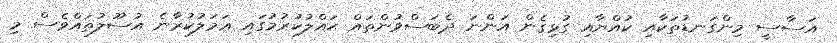
އަސާސީ މިންގަނޑުތަކާއި ކުއްޔާއި ގުޅިގެން އަންނަ ދެބަސްވުންތައް ޙައްލުކުރުމުގައި ޢަމަލުކުރާނެ އުސޫލުތައްވެސް މި